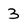
Character: 3